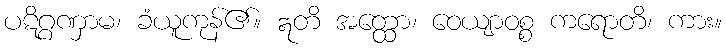
ပဋိဂ္ဂဏှာမ၊ ခံယူကုန်၏။ ဣတိ အတ္ထော၊ ဝေယျာဝစ္စ ကရောတိ၊ ကား။